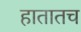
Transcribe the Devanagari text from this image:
हातातच